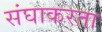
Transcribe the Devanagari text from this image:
संघाकरता